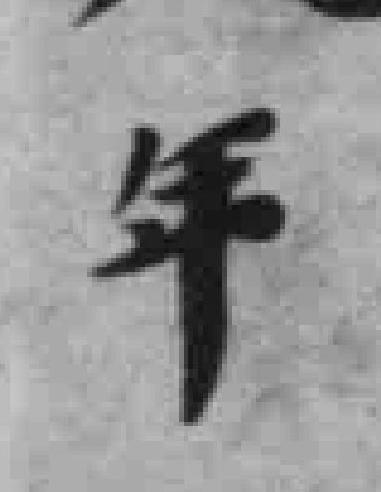
年